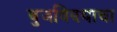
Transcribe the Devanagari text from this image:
बुजविण्याचा